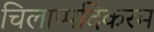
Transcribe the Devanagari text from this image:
चिलाप्पदिकरम